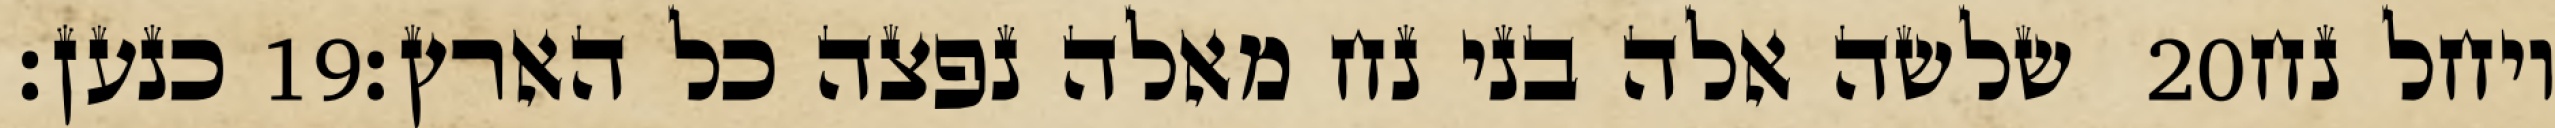
כנען׃ ‎19‏ שלשה אלה בני נח מאלה נפצה כל הארץ׃ ‎20‏ ויחל נח